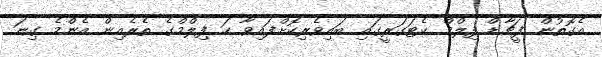
އެގޮތުން ފީޗާޑް ފިލްމް ކެޓަގަރީގައި ބައިވެރިކޮށްފައިވާ ހަ ފިލްމްގެ ތެރެއިން އެންމެ ގިނަ